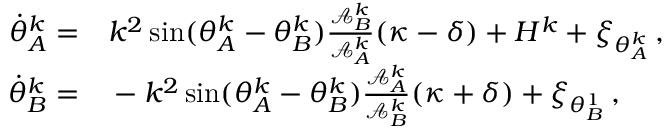
\begin{array} { r l } { \dot { \theta } _ { A } ^ { k } = } & { { } k ^ { 2 } \sin ( \theta _ { A } ^ { k } - \theta _ { B } ^ { k } ) \frac { \mathcal { A } _ { B } ^ { k } } { \mathcal { A } _ { A } ^ { k } } ( \kappa - \delta ) + H ^ { k } + \xi _ { \theta _ { A } ^ { k } } \, , } \\ { \dot { \theta } _ { B } ^ { k } = } & { { } - k ^ { 2 } \sin ( \theta _ { A } ^ { k } - \theta _ { B } ^ { k } ) \frac { \mathcal { A } _ { A } ^ { k } } { \mathcal { A } _ { B } ^ { k } } ( \kappa + \delta ) + \xi _ { \theta _ { B } ^ { 1 } } \, , } \end{array}